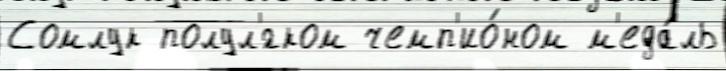
Сомлук полул'́гком чемп'ио́ном м'еда́ль